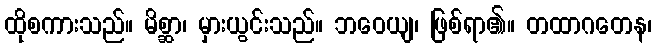
ထိုစကားသည်။ မိစ္ဆာ၊ မှားယွင်းသည်။ ဘဝေယျ၊ ဖြစ်ရာ၏။ တထာဂတေန၊